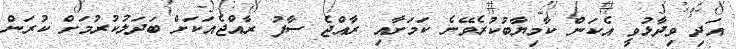
އަދި ވިދާޅުވީ އެކަން ކާމިޔާބުކުރެވޭނެ ކަމަށާއި ރާއްޖެ ސާފު ރާއްޖެއަކަށް ބަދަލުކުރުމަށް ކުރަން